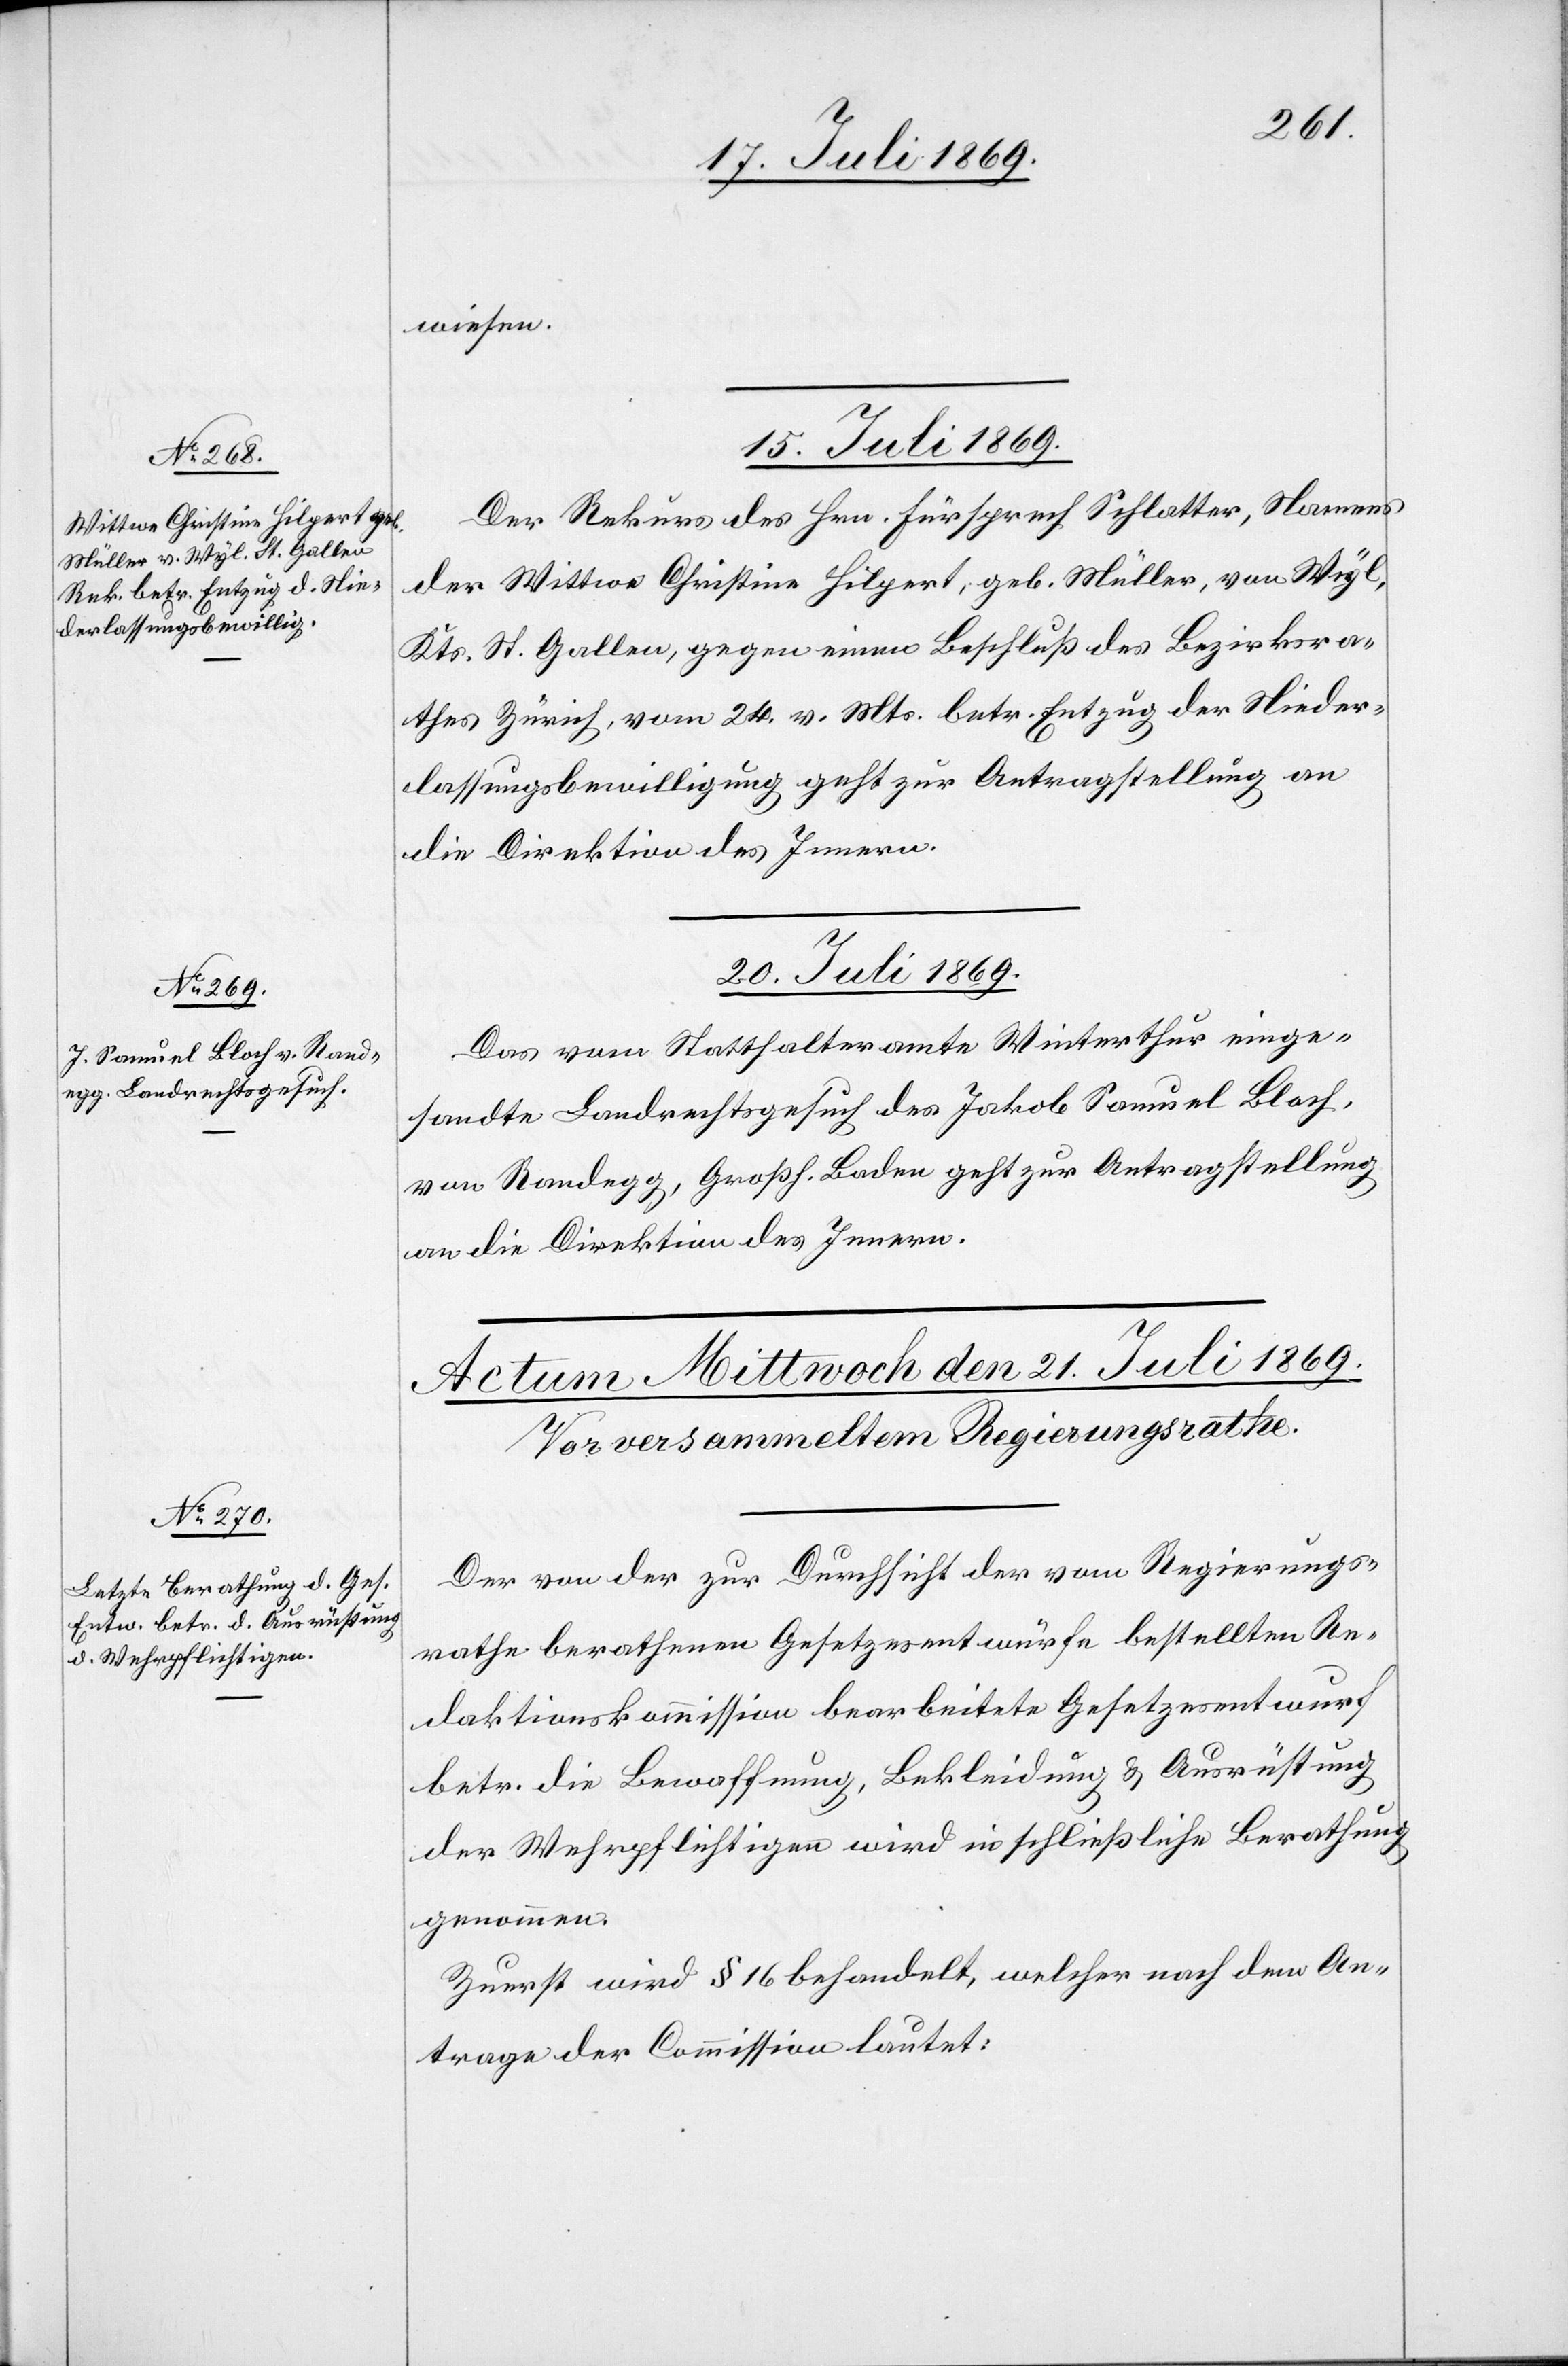
wiesen.
15. Juli 1869.
Der Rekurs des Hrn. Fürsprech Schlatter, Namen¬
s Wittwe Christine Hilpert, geb. Müller, von Wyl,
Kts. St. Gallen, gegen einen Beschluß des Bezirksra¬
thes Zürich, vom 24. v. Mts. betr. Entzug der Nieder¬
laßungsbewilligung geht zur Antragstellung an
Direktion des Innern.
20. Juli 1869.
Das vom Statthalteramte Winterthur einge¬
sandte Landrechtsgesuch des Jakob Samuel Bloch,
von Randegg, Großh. Baden geht zur Antragstellung
an die Direktion des Innern.
Der von der zur Durchsicht der vom Regierungs¬
rathe berathenen Gesetzesentwürfe bestellten Re¬
daktionskommission bearbeitete Gesetzesentwurf
betr. die Bewaffnung, Bekleidung u. Ausrüstung
der Wehrpflichtigen wird in schließliche Berathung
genommen.
Zuerst wird § 16 behandelt, welcher nach dem An¬
trage der Commission lautet: